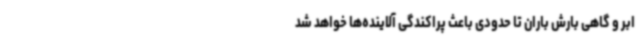
ابر و گاهی بارش باران تا حدودی باعث پراکندگی آلاینده‌ها خواهد شد